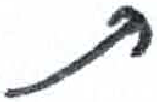
אות: ת